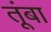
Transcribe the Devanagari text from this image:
तूंबा